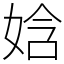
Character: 娢